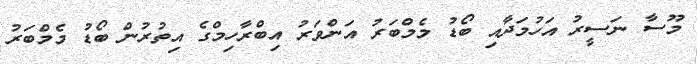
މޫސާ ނަސީރު އަހުމަދާއި ބޯޑު މެމްބަރު އަންވަރު އިބްރާހިމްގެ އިތުރުން ބޯޑު މެމްބަރު